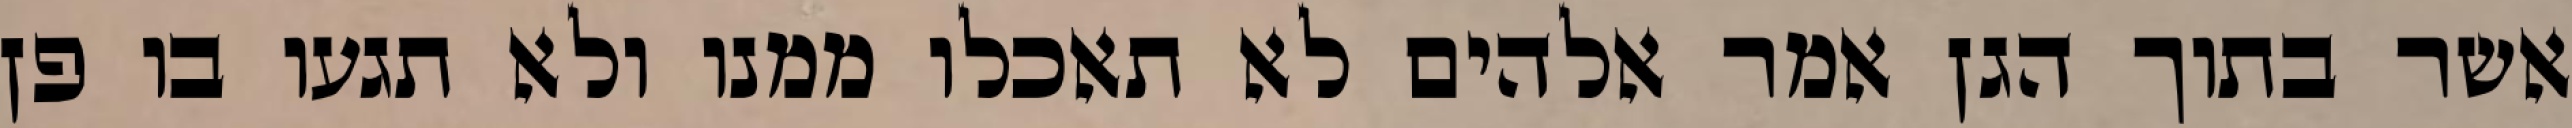
אשר בתוך הגן אמר אלהים לא תאכלו ממנו ולא תגעו בו פן